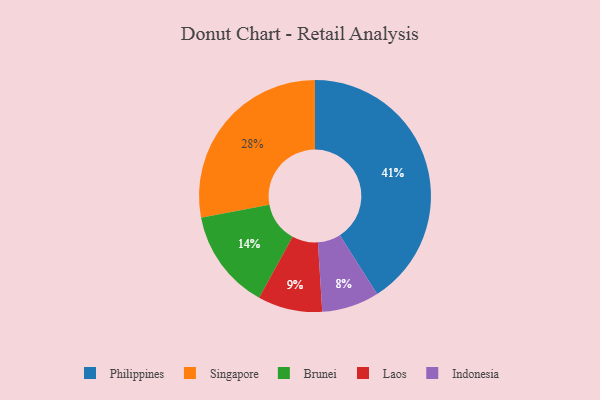
{"axis": {"x": "Category", "y": "Percentage"}, "legend": ["Brunei", "Indonesia", "Laos", "Philippines", "Singapore"], "data": [{"x": "Brunei", "y": 14, "type": "Brunei"}, {"x": "Singapore", "y": 28, "type": "Singapore"}, {"x": "Indonesia", "y": 8, "type": "Indonesia"}, {"x": "Philippines", "y": 41, "type": "Philippines"}, {"x": "Laos", "y": 9, "type": "Laos"}]}